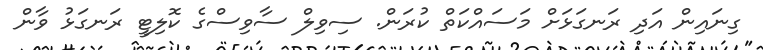
ގިނައިން އަދި ރަނގަޅަށް މަސައްކަތް ކުރަން. ސިވިލް ސާވިސްގެ ކޮލިޓީ ރަނގަޅު ވާން